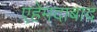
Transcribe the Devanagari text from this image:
एहेमदाबाद